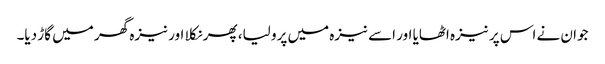
جوان نے اس پر نیزہ اٹھایا اور اسے نیزہ میں پرو لیا، پھر نکلا اور نیزہ گھر میں گاڑ دیا۔